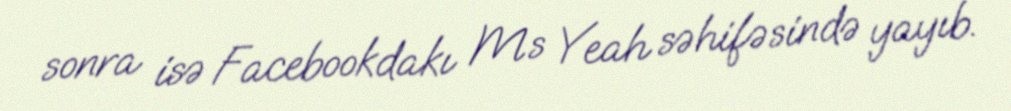
sonra isə Facebookdakı Ms Yeah səhifəsində yayıb.